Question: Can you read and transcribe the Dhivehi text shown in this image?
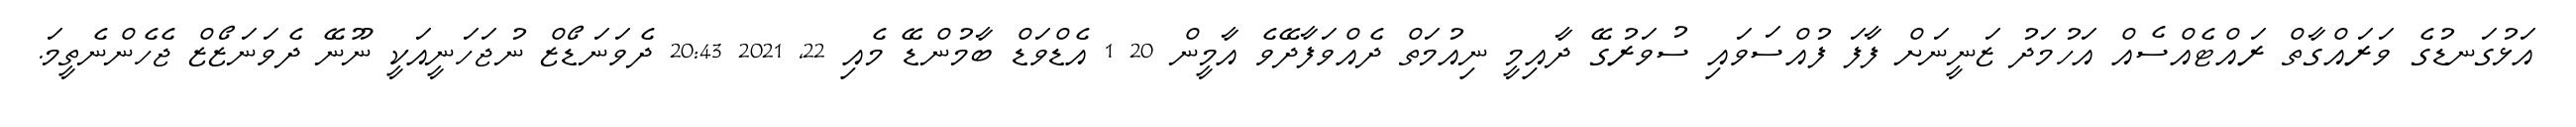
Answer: އަޅުގަނޑުގެ ވަރައްގާތް ރައްޓެއްސެއް އަހުމަދު ޒަނީނަށް ފާފަ ފުއްސަވައި ސުވަރުގޭ ދާއިމީ ނިއުމަތް ދެއްވަފާދޭވެ އާމީން 20 1 އެޑްވަޑް ބާމުންޑޭ މެއި 22, 2021 20:43 ދެވަނަޑޯޒް ނުޖަހަނީއަކީ ނޫނޭ ދެވަނަޒޯޒް ޖެހެންނެތީމަ.